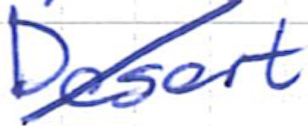
Text: Desert
Cross-out: mix
Writing tool: ballpoint